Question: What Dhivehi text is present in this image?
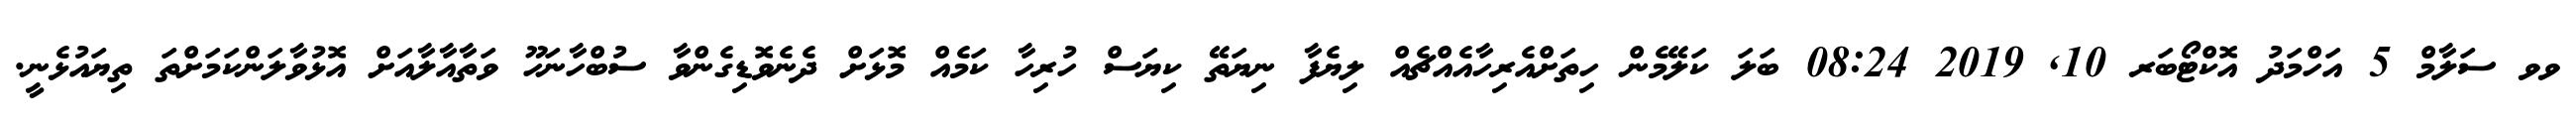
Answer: ވވ ސަލާމް 5 އަހްމަދު އޮކްޓޯބަރ 10, 2019 08:24 ބަލަ ކަލޭމެން ހިތަށްއެރިހާއެއްޗެއް ލިޔެފާ ނިޔަތޭ ކިޔަސް ހުރިހާ ކަމެއް މޮޅަށް ދެނެވޮޑިގެންވާ ސުބްހާނަހޫ ވަތާއާލާއަށް އޮޅުވާލަންކަމަށްތަ ތިޔައުޅެނީ.